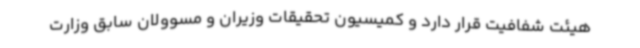
هیئت شفافیت قرار دارد و کمیسیون تحقیقات وزیران و مسوولان سابق وزارت